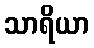
သာရိယာ